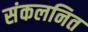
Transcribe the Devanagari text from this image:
संकलनित